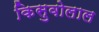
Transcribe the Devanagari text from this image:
किसुवोलाल